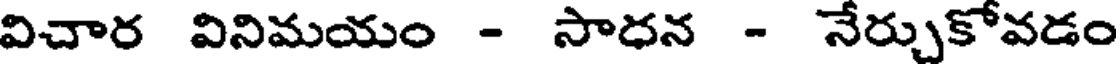
విచార వినిమయం - సాధన - నేర్చుకోవడం